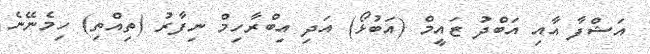
އަޝްފާ އާއި އަބްދު ޒައީމް (އަބުޅޯ) އަދި އިބްރާހިމް ނިފާރު (ތިއްތި) ހިމެނޭނެ